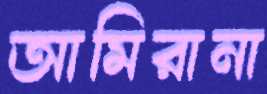
আমিরানা